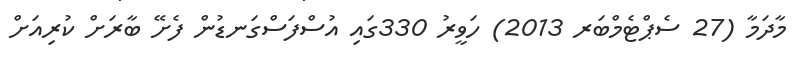
މާދަމާ (27 ސެޕްޓެމްބަރ 2013) ހަވީރު 330ގައި އުސްފަސްގަނޑުން ފެށޭ ބާރަށް ކުރިއަށް